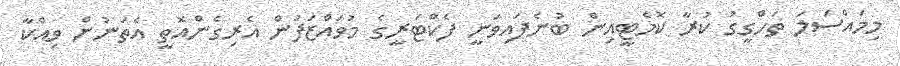
މިމައްސަލަ ތަހްގީގު ކުރާ ކޮމެޓީއިން ބުނެފައިވަނީ ފެކްޓަރީގެ މުވައްޒަފުން އެރިގެންއޮތީ އެތަނުން ވިއްކާ